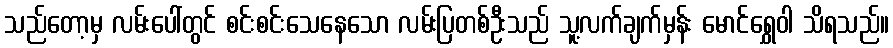
သည်တော့မှ လမ်းပေါ်တွင် စင်းစင်းသေနေသော လမ်းပြတစ်ဦးသည် သူ့လက်ချက်မှန်း မောင်ရွှေဝါ သိရသည်။